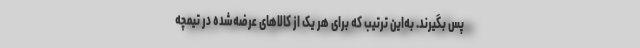
پس بگیرند. به‌این ترتیب که برای هر یک از کالاهای عرضه‌شده در تیمچه